Annual report of the Punjab Veterinary College and of the Civil Veterinary Department, Punjab - 1894-1908
Year: 1894
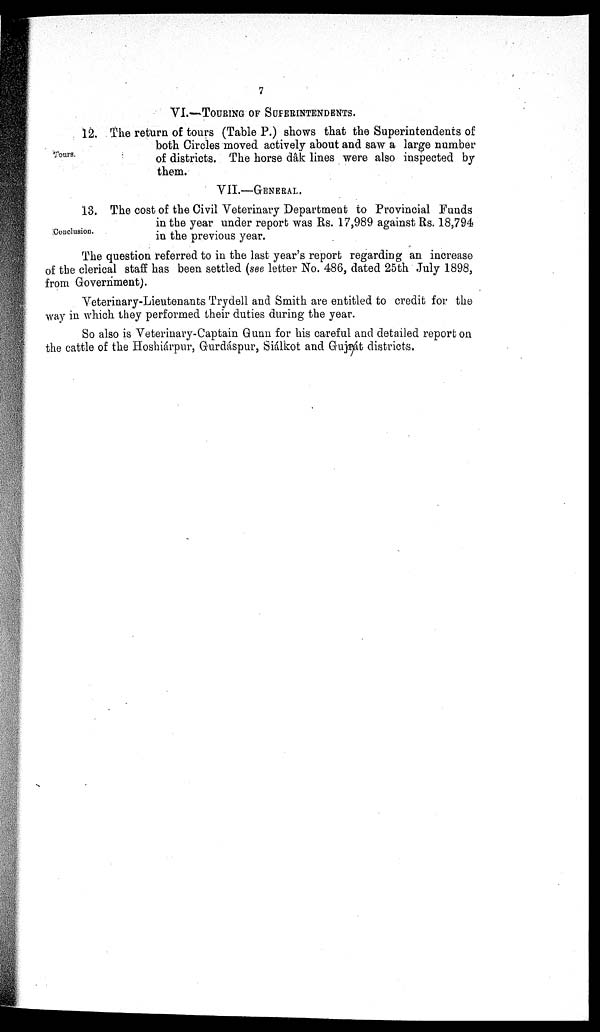
7
VI.—TOURING OF SUPERINTENDENTS.
Tours.
12. The return of tours (Table P.) shows that the Superintendents of
both Circles moved actively about and saw a large number
of districts. The horse dâk lines were also inspected by
them.
VII.—GENERAL.
Conclusion.
13. The cost of the Civil Veterinary Department to Provincial Funds
in the year under report was Rs. 17,989 against Rs. 18,794
in the previous year.
The question referred to in the last year's report regarding an increase
of the clerical staff has been settled (see letter No. 486, dated 25th July 1898,
from Government).
Veterinary-Lieutenants Trydell and Smith are entitled to credit for the
way in which they performed their duties during the year.
So also is Veterinary-Captain Gunn for his careful and detailed report on
the cattle of the Hoshiárpur, Gurdáspur, Siálkot and Gujrát districts.